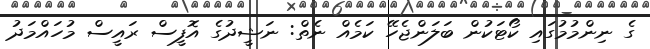
ގެ ނިންމުމުގައި ކޯޓަކުން ބަލަންޖެހޭ ކަމެއް ނެތް: ނަޝީދުގެ އޮފީސް ރައީސް މުހައްމަދު